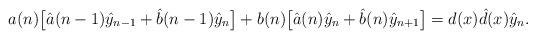
LaTeX: \begin{align*}a(n) \bigl\lbrack \hat{a}(n-1) \hat{y}_{n-1} + \hat{b}(n-1) \hat{y}_{n}\bigr\rbrack + b(n) \bigl\lbrack \hat{a}(n) \hat{y}_{n} + \hat{b}(n) \hat{y}_{n+1}\bigr\rbrack =d(x) {\hat{d}}(x) \hat{y}_{n}.\end{align*}